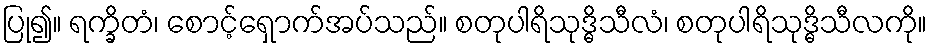
ပြု၍။ ရက္ခိတံ၊ စောင့်ရှောက်အပ်သည်။ စတုပါရိသုဒ္ဓိသီလံ၊ စတုပါရိသုဒ္ဓိသီလကို။